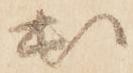
出